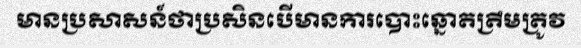
មានប្រសាសន៍ថាប្រសិនបើមានការបោះឆ្នោតត្រឹមត្រូវ